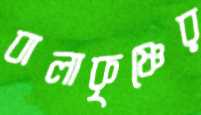
বালাকৃষ্ণের